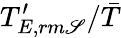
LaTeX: T_{E,rm\mathscr{S}}^{\prime}/\bar{{T}}